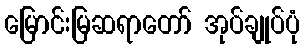
မြောင်းမြဆရာတော် အုပ်ချုပ်ပုံ